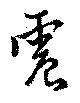
震